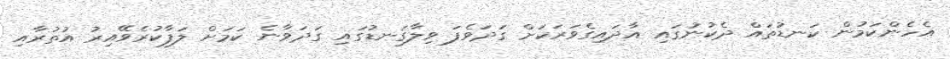
އެހެންކަމުން ކަނޑުތައް ދެކުނުގައި އާދައިގެވަރަކަށް ގަދަވެފަ ވިލާގަނޑުގައި ގަދަވާނެ ކަމަށް ލަފާކުރެވޭއިރު އުތުރާއި